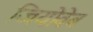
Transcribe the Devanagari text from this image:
जियोवेब